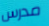
مدرس